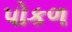
પોકળ